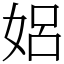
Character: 㛎